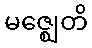
မဇ္ဈေတိ